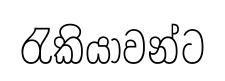
රැකියාවන්ට